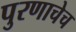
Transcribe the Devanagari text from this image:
पुरणाचेच